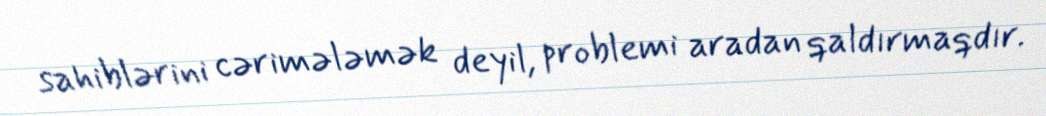
sahiblərini cərimələmək deyil, problemi aradan qaldırmaqdır.